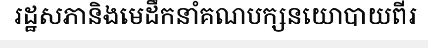
រដ្ឋសភានិងមេដឹកនាំគណបក្សនយោបាយពីរ